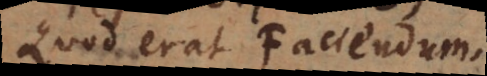
Quod erat Faciendum.